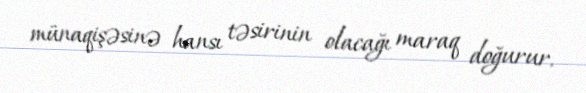
münaqişəsinə hansı təsirinin olacağı maraq doğurur.